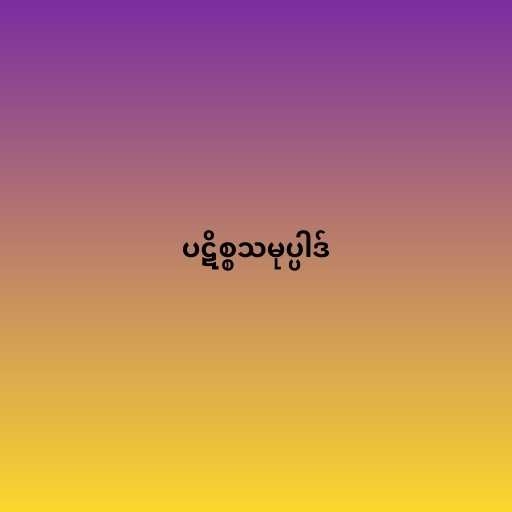
ပဋိစ္စသမုပ္ပါဒ်